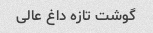
گوشت تازه داغ عالی